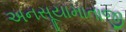
અનસૂયામાતાજી